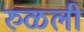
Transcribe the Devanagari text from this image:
रुळली